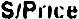
S/PRICE